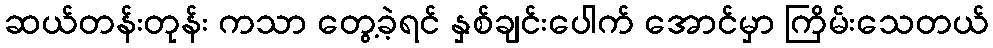
ဆယ်တန်းတုန်း ကသာ တွေ့ခဲ့ရင် နှစ်ချင်းပေါက် အောင်မှာ ကြိမ်းသေတယ်